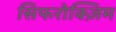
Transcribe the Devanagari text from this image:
सिफरोक्ज़िम